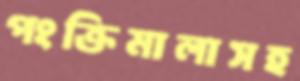
পংক্তিমালাসহ